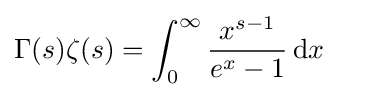
\Gamma (s)\zeta (s)=\int _{0}^{\infty }{\frac {x^{s-1}}{e^{x}-1}}\,\mathrm {d} x\quad